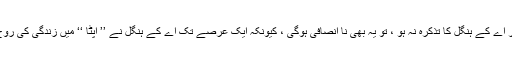
’’ اپٹا ‘‘ کا نام لیا جائے اور اے کے ہنگل کا تذکرہ نہ ہو ، تو یہ بھی نا انصافی ہوگی ، کیونکہ ایک عرصے تک اے کے ہنگل نے ’’ اپٹا ‘‘ میں زندگی کی روح پھونکنے کا کام کیا تھا ۔